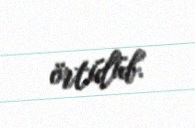
örtülüb.